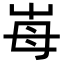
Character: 𡴋